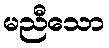
မညီသော